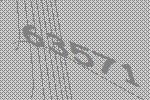
63571